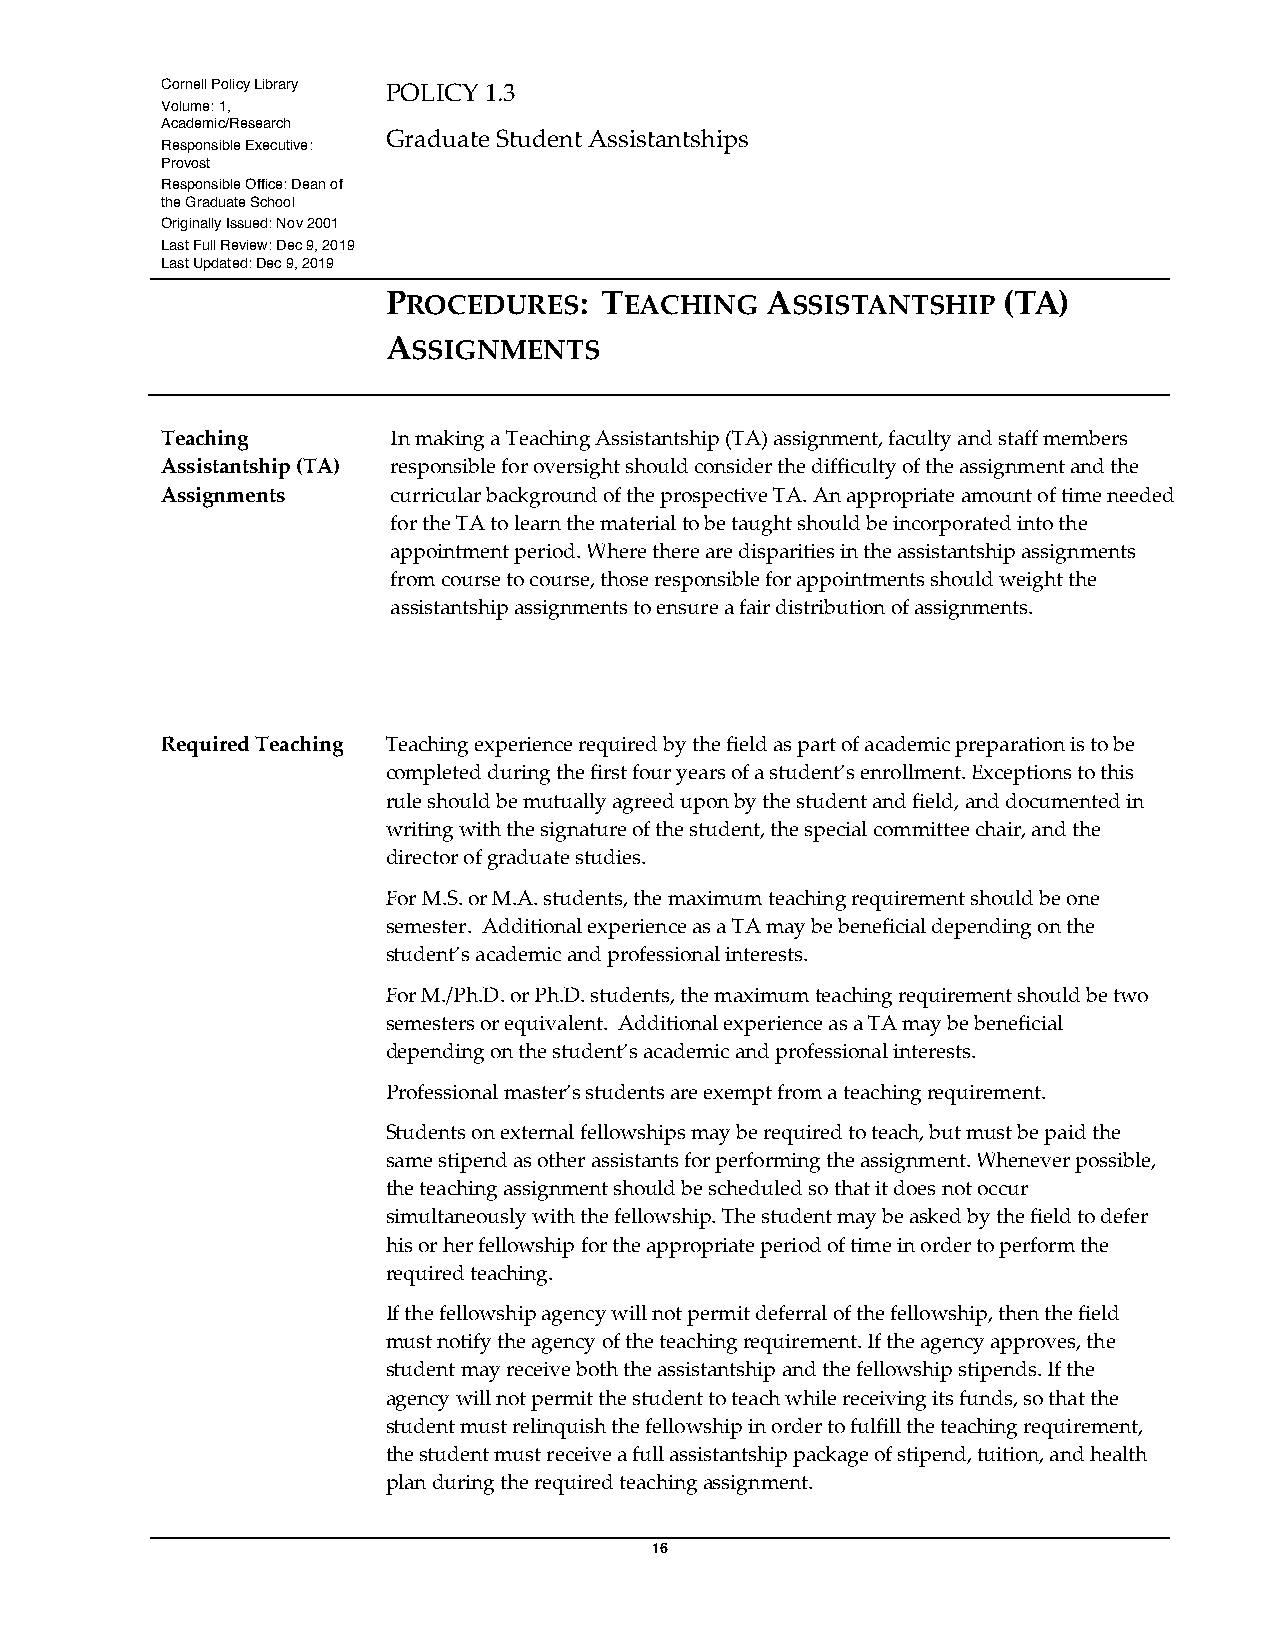
Cornell Policy Library POLICY 1.3
 Volume: 1,
 Academic/Research
 Graduate Student Assistantships
 Responsible Executive:
 Provost
 Responsible Office: Dean of
 the Graduate School
 Originally Issued: Nov 2001
 Last Full Review: Dec 9, 2019
 Last Updated: Dec 9, 2019
 PROCEDURES:   TEACHING   ASSISTANTSHIP  (TA)
 ASSIGNMENTS
 Teaching       In making a Teaching Assistantship (TA) assignment, faculty and staff members
 Assistantship (TA) responsible for oversight should consider the difficulty of the assignment and the
 Assignments    curricular background of the prospective TA. An appropriate amount of time needed
 for the TA to learn the material to be taught should be incorporated into the
 appointment period. Where there are disparities in the assistantship assignments
 from course to course, those responsible for appointments should weight the
 assistantship assignments to ensure a fair distribution of assignments.
 Required Teaching Teaching experience required by the field as part of academic preparation is to be
 completed during the first four years of a student’s enrollment. Exceptions to this
 rule should be mutually agreed upon by the student and field, and documented in
 writing with the signature of the student, the special committee chair, and the
 director of graduate studies.
 For M.S. or M.A. students, the maximum teaching requirement should be one
 semester. Additional experience as a TA may be beneficial depending on the
 student’s academic and professional interests.
 For M./Ph.D. or Ph.D. students, the maximum teaching requirement should be two
 semesters or equivalent. Additional experience as a TA may be beneficial
 depending on the student’s academic and professional interests.
 Professional master’s students are exempt from a teaching requirement.
 Students on external fellowships may be required to teach, but must be paid the
 same stipend as other assistants for performing the assignment. Whenever possible,
 the teaching assignment should be scheduled so that it does not occur
 simultaneously with the fellowship. The student may be asked by the field to defer
 his or her fellowship for the appropriate period of time in order to perform the
 required teaching.
 If the fellowship agency will not permit deferral of the fellowship, then the field
 must notify the agency of the teaching requirement. If the agency approves, the
 student may receive both the assistantship and the fellowship stipends. If the
 agency will not permit the student to teach while receiving its funds, so that the
 student must relinquish the fellowship in order to fulfill the teaching requirement,
 the student must receive a full assistantship package of stipend, tuition, and health
 plan during the required teaching assignment.
 16